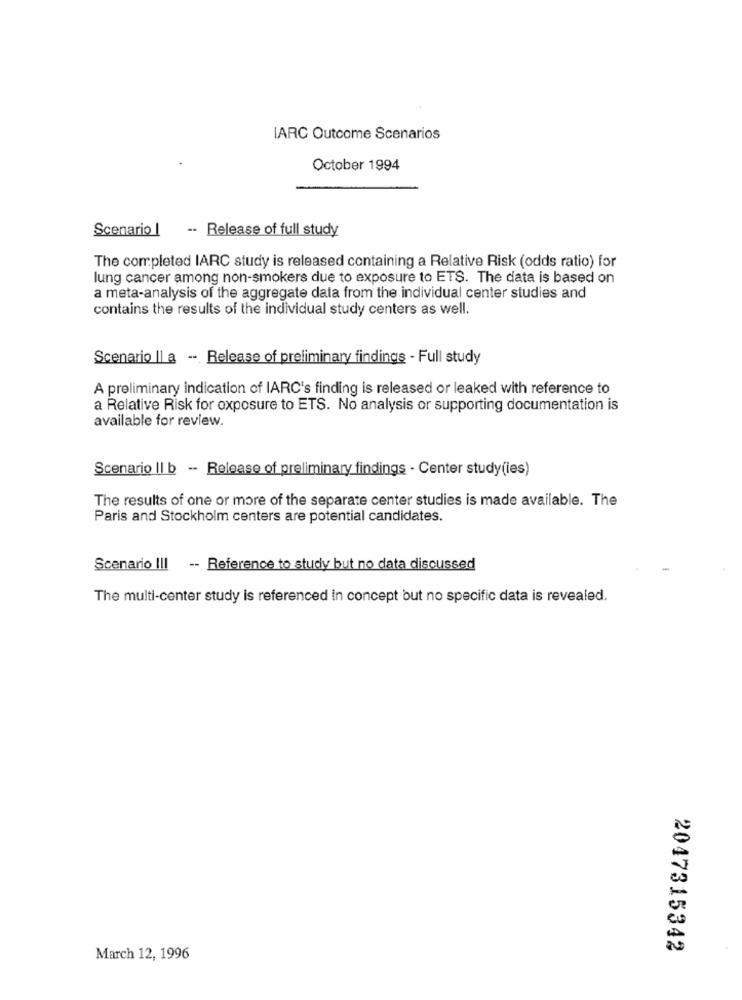
IARC Outcome Scenarios
October 1994
Scenario | - Release of full study
The completed IARC study is released containing a Relative Risk (odds ratio) for
lung cancer among non-smokers due to exposure to ETS. The data is based on
a meta-analysis of the aggregate data from the individual center studies and
contains the results of the individual study centers as well.
Scenario Il a -- Release of preliminary findings - Full study
A preliminary indication of IARC's finding is released or leaked with reference to
a Relative Risk for exposure to ETS. No analysis or supporting documentation is
available for review.
Scenario Il b -- Release of preliminary findings - Center study(ies)
The results of one or more of the separate center studies is made available. The
Paris and Stockholm centers are potential candidates.
Scenario III -- Reference to study but no data discussed
The multi-center study is referenced in concept but no specific data is revealed.
2047315342
March 12, 1996